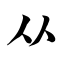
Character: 从